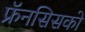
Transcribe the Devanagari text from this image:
फ्रॅनसिसको